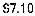
$7.10